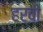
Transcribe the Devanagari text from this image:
हर्वी